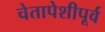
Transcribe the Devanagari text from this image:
चेतापेशीपूर्व